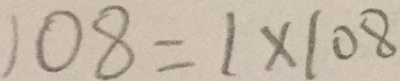
1 0 8 = 1 \times 1 0 8